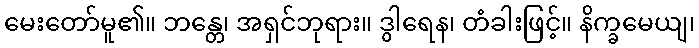
မေးတော်မူ၏။ ဘန္တေ၊ အရှင်ဘုရား။ ဒွါရေန၊ တံခါးဖြင့်။ နိက္ခမေယျ၊